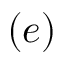
( e )